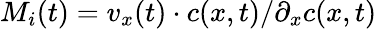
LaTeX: M_{i}(t)=v_{x}(t)\cdot c(x,t)/\partial_{x}c(x,t)